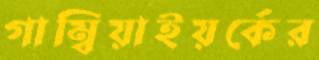
গাম্বিয়াইয়র্কের